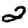
Digit: 2